Indian journal of veterinary science and animal husbandry - Volumes 22-23, 1952-1953
Year: 1952
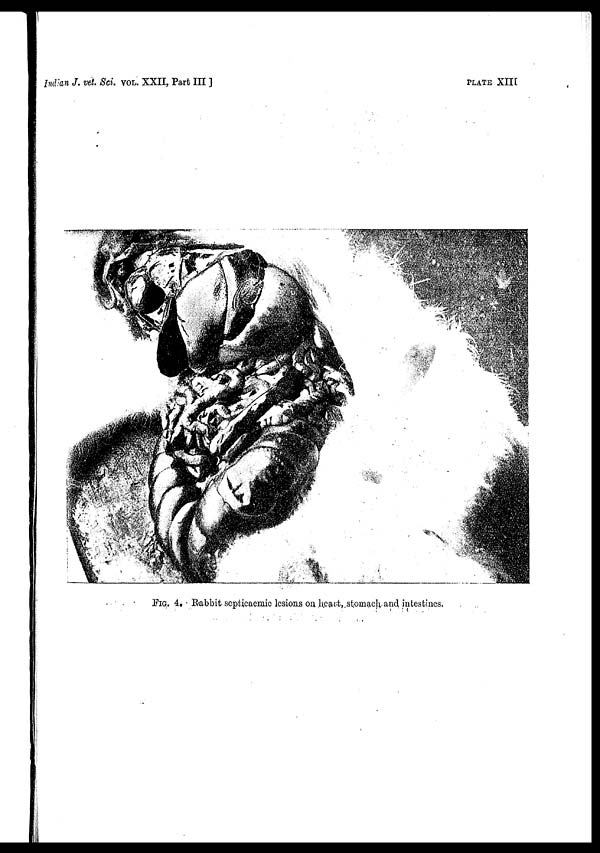
Indian J. vet. Sci. VOL. XXII, Part III ]
PLATE XIII
FIG. 4. Rabbit septicaemic lesions on heart, stomach and intestines.